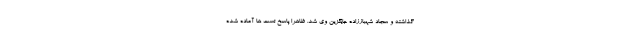
گذاشته و سجاد شهباززاده جایگزین وی شد. ظاهرا پاسخ تست ها آماده شده